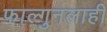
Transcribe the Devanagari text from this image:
फाल्गुनलाही